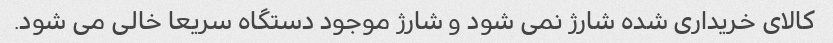
کالای خریداری شده شارژ نمی شود و شارژ موجود دستگاه سریعا خالی می شود.